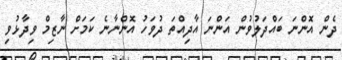
ދެން އޮންނަ ބައްދަލުވުން އަންނަ އާދިއްތަ ދުވަހު އޮންނާނެ ކަމަށް ނާޒިމް ވިދާޅުވި